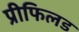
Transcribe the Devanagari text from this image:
प्रीफिलड